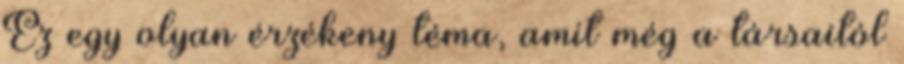
Ez egy olyan érzékeny téma, amit még a társaitól